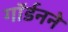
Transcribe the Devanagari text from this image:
गॉर्डनने